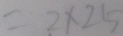
= 2 \times 2 5